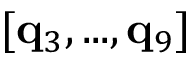
[ \mathbf { q } _ { 3 } , . . . , \mathbf { q } _ { 9 } ]